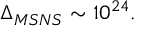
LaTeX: \Delta _ { M S N S } \sim 1 0 ^ { 2 4 } .